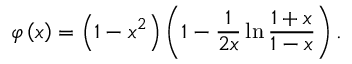
\varphi \left( x \right) = \left( 1 - x ^ { 2 } \right) \left( 1 - \frac { 1 } { 2 x } \ln \frac { 1 + x } { 1 - x } \right) .